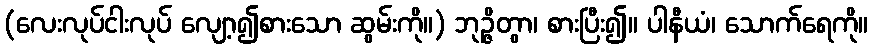
(လေးလုပ်ငါးလုပ် လျော့၍စားသော ဆွမ်းကို။) ဘုဉ္ဇိတွာ၊ စားပြီး၍။ ပါနီယံ၊ သောက်ရေကို။